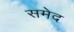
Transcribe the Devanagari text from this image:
समेद